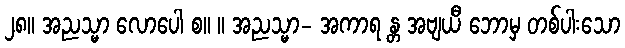
၂၈။ အညသ္မာ လောပေါ စ။ ။ အညသ္မာ- အကာရ န္တ အဗျယီ ဘောမှ တစ်ပါးသော